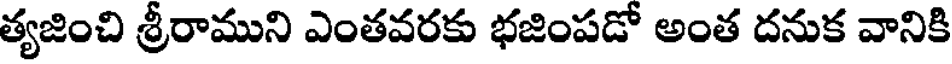
త్యజించి శ్రీరాముని ఎంతవరకు భజింపడో అంత దనుక వానికి